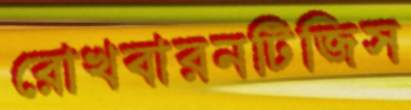
রোখবারনটিজিস